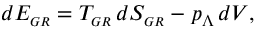
d { \cal E } _ { \sc \scriptscriptstyle G R } = T _ { \sc \scriptscriptstyle G R } \, d S _ { \sc \scriptscriptstyle G R } - p _ { \Lambda } \, d V ,